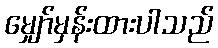
မျှော်မှန်းထားပါသည်